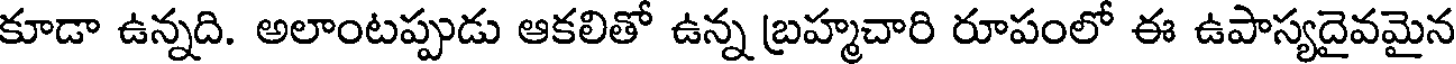
కూడా ఉన్నది. అలాంటప్పుడు ఆకలితో ఉన్న బ్రహ్మచారి రూపంలో ఈ ఉపాస్యదైవమైన